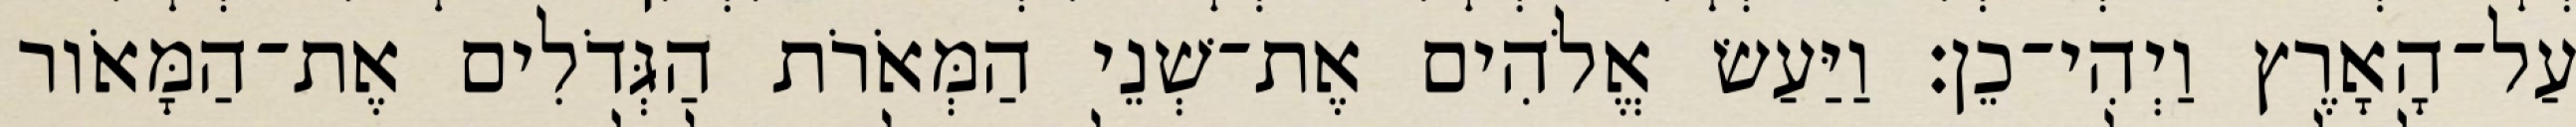
עַל־הָאָרֶץ וַיְהִי־כֵן׃ וַיַּעַשׂ אֱלֹהִים אֶת־שְׁנֵי הַמְּאֹרֹת הַגְּדֹלִים אֶת־הַמָּאֹור